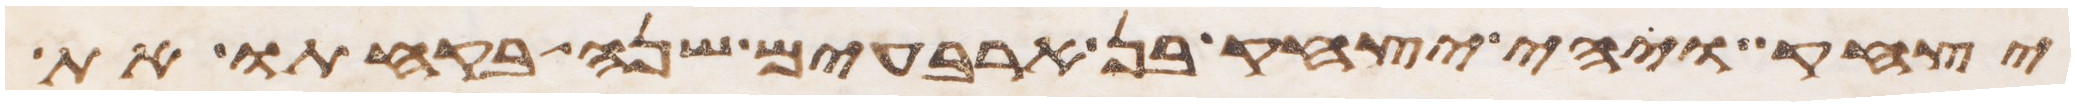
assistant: יצחק ויהי יצחק בן ארבעים שנה בקחתו את